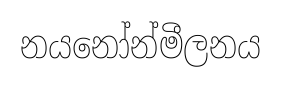
නයනෝන්මීලනය